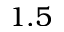
1 . 5